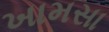
ખામસા